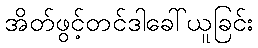
အိတ်ဖွင့်တင်ဒါခေါ်ယူခြင်း